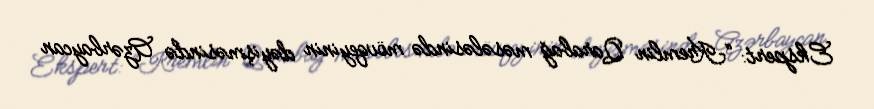
Ekspert: “Kremlin Qarabağ məsələsində mövqeyinin dəyişməsində Azərbaycan